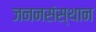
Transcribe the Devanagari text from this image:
जननसंस्थान